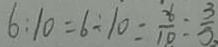
6 : 1 0 = 6 \div 1 0 = \frac { 6 } { 1 0 } = \frac { 3 } { 5 }